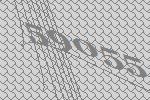
59055